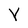
Character: Y